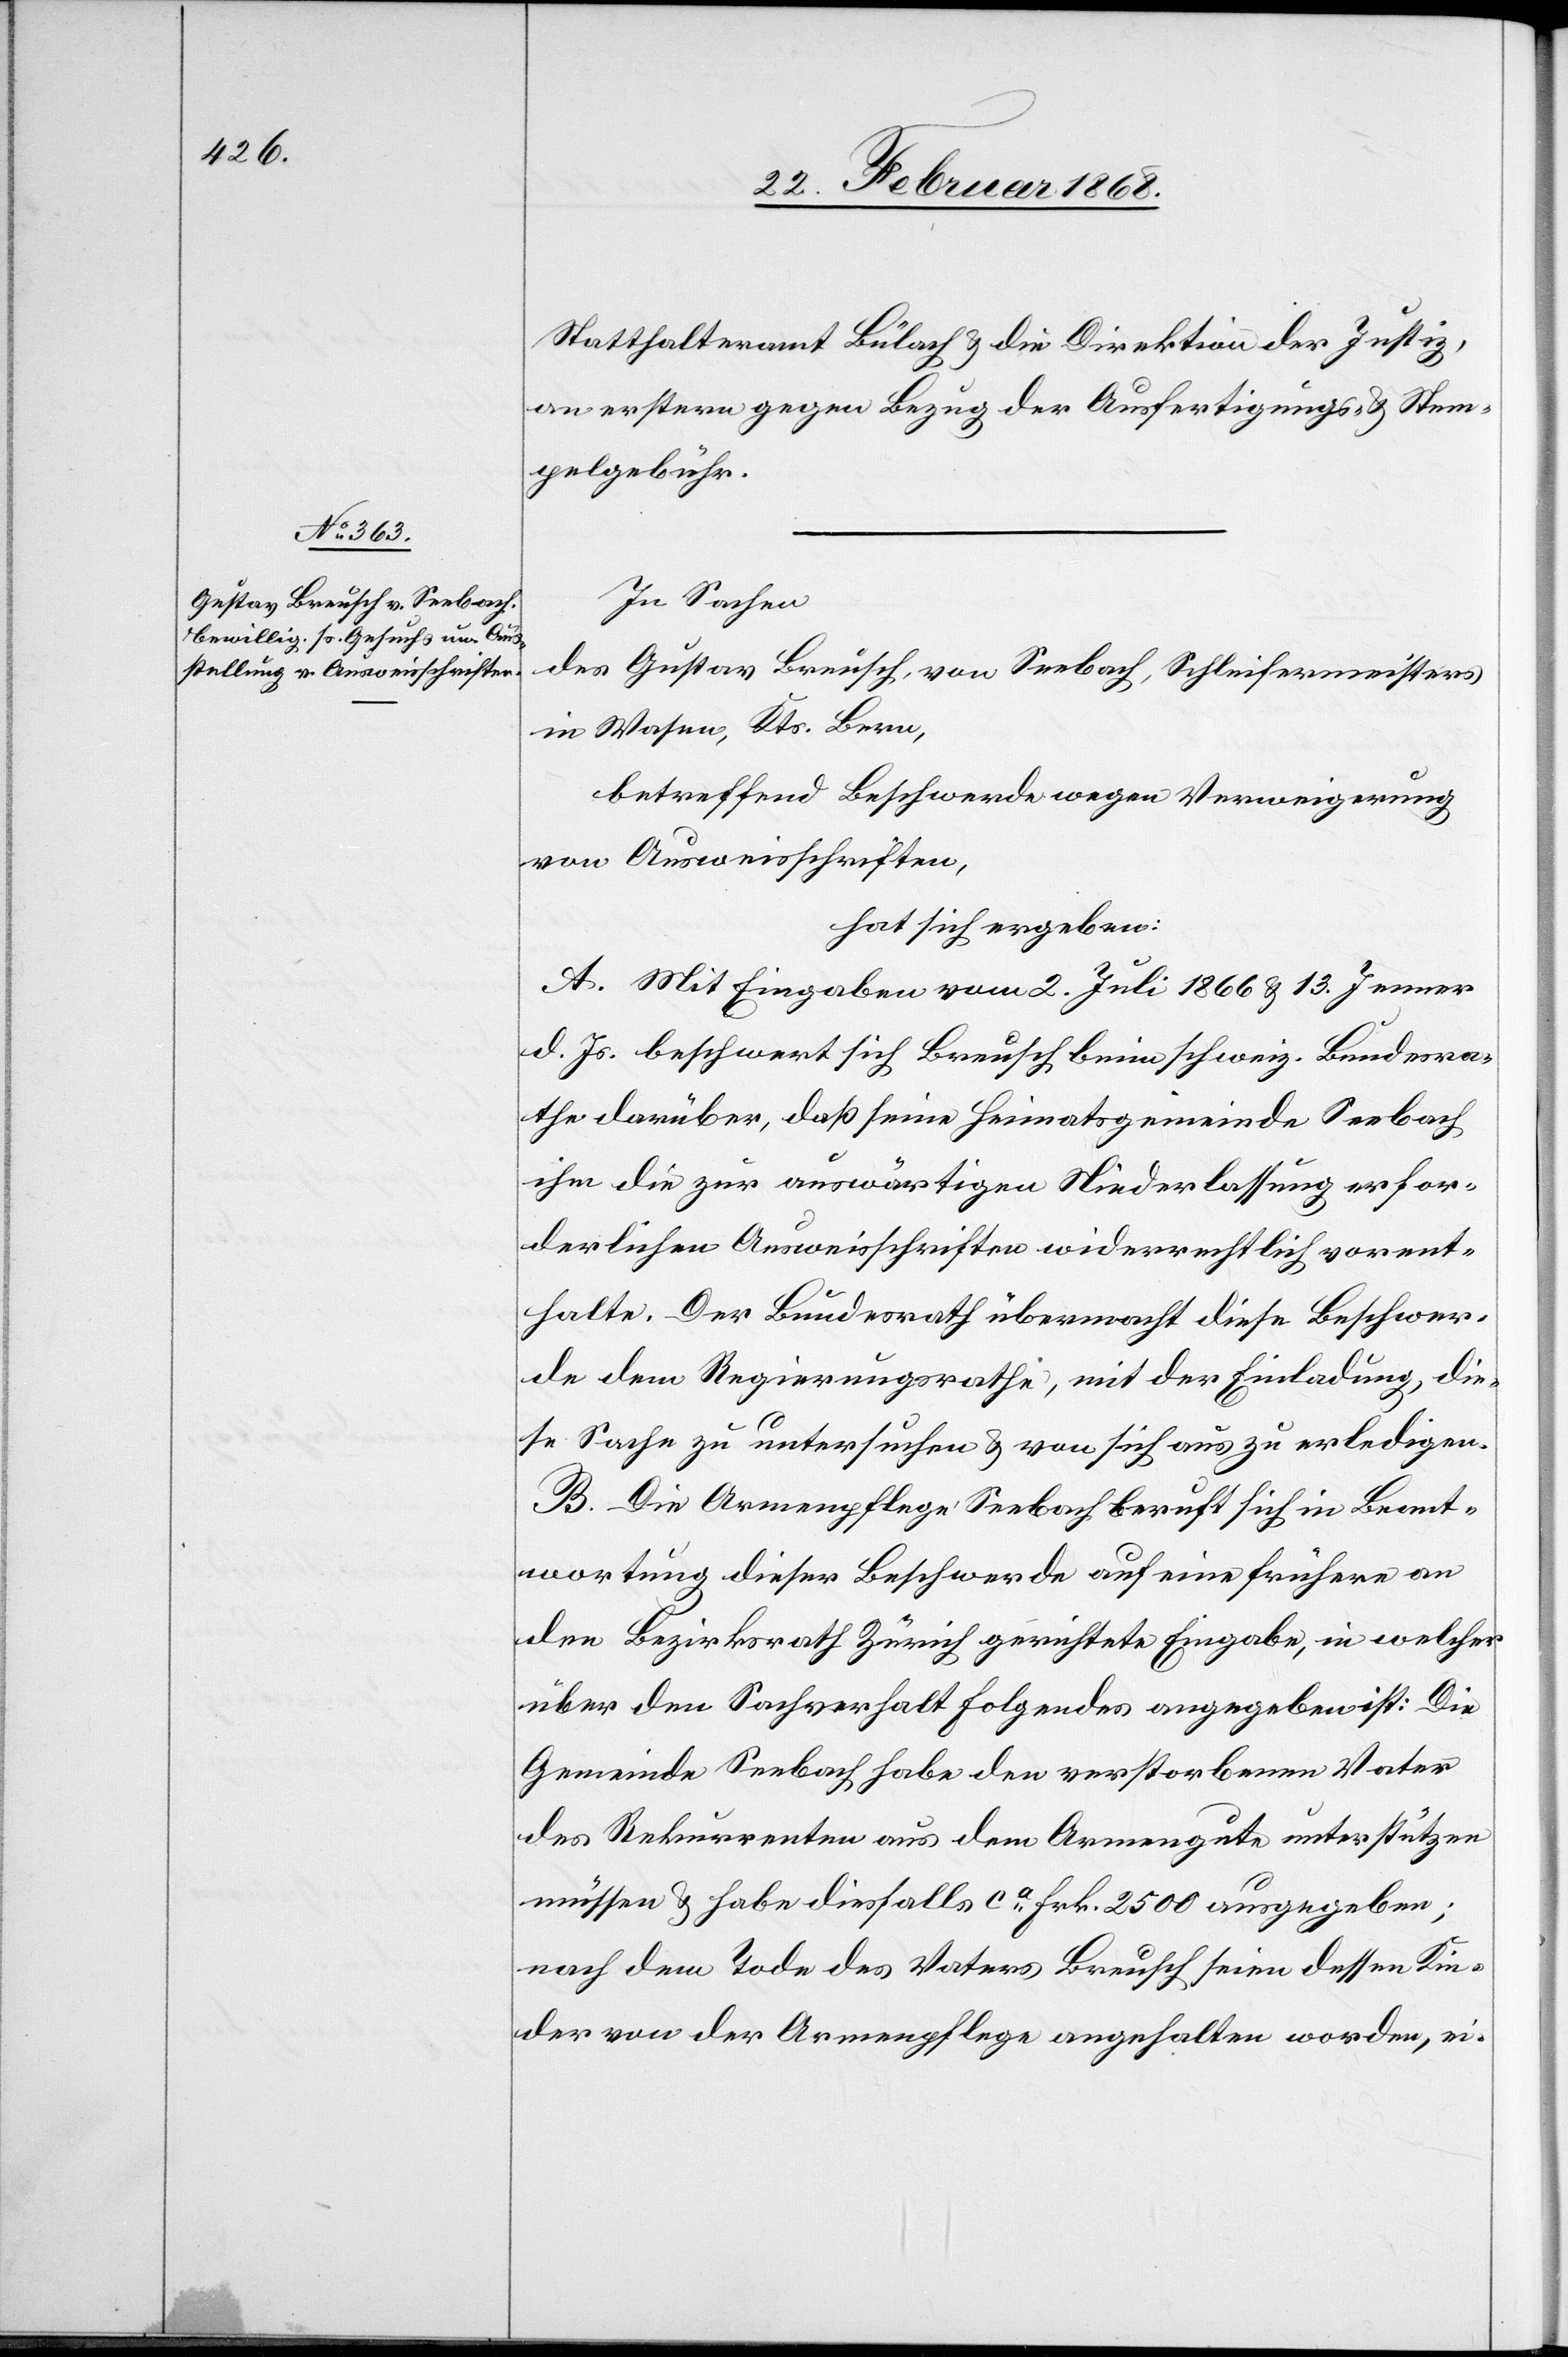
Statthalteramt Bülach & die Direktion der Justiz,
an erstern gegen Bezug der Ausfertigungs- & Stem¬
pelgebühr.
In Sachen
des Gustav Breusch, von Seebach, Schleifermeisters
in Wasen, Kts. Bern,
betreffend Beschwerde wegen Verweigerung
von Ausweisschriften,
hat sich ergeben:
A. Mit Eingaben vom 2. Juli 1866 & 13. Jenner
d. Js. beschwert sich Breusch beim schweiz. Bundesra¬
the darüber, daß seine Heimatsgemeinde Seebach
ihm die zur auswärtigen Niederlassung erfor¬
derlichen Ausweisschriften widerrechtlich vorent¬
halte. Der Bundesrath übermacht diese Beschwer¬
de dem Regierungsrathe, mit der Einladung, die¬
se Sache zu untersuchen & von sich aus zu erledigen.
B. Die Armenpflege Seebach beruft sich in Beant¬
wortung dieser Beschwerde auf eine frühere an
den Bezirksrath Zürich gerichtete Eingabe, in welcher
über den Sachverhalt Folgendes angegeben ist: Die
Gemeinde Seebach habe den verstorbenen Vater
des Rekurrenten aus dem Armengute unterstützen
müssen & habe diesfalls ca. Frk. 2500 ausgegeben;
nach dem Tode des Vaters Breusch seien dessen Kin¬
der von der Armenpflege angehalten worden, ei-